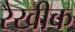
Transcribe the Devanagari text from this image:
रैखीक